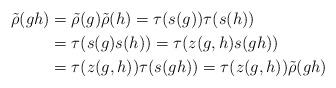
LaTeX: \begin{align*}\tilde{\rho}(gh)&=\tilde{\rho}(g)\tilde{\rho}(h)=\tau(s(g))\tau(s(h))\\&=\tau(s(g)s(h))=\tau(z(g,h)s(gh))\\&=\tau(z(g,h))\tau(s(gh))=\tau(z(g,h))\tilde{\rho}(gh)\end{align*}